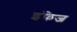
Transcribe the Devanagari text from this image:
इंफेज